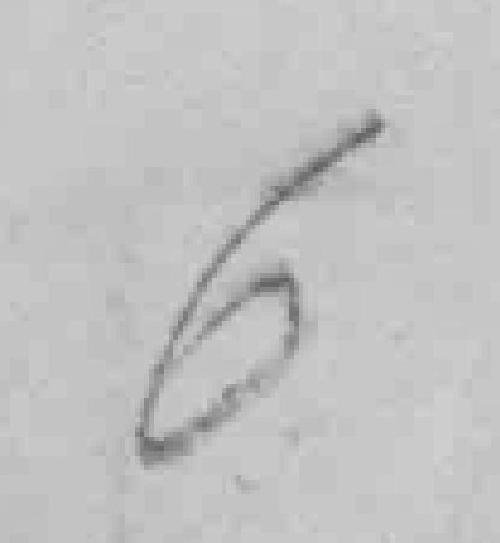
6